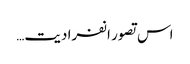
اس تصور انفرادیت…